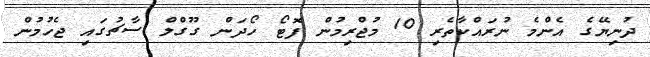
ދުނިޔޭގެ އެންމެ ނުރައްކާތެރި 10 މުޖްރިމުން ފޮޓޯ ހޯދަން ގޫގްލް ސާޗުގައި ޖެހުމުން